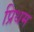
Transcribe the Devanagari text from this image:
प्रिथम